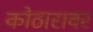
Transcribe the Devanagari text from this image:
कोठारावर